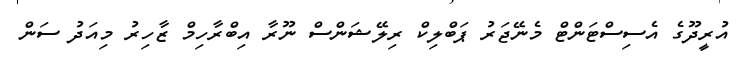
އުރީދޫގެ އެސިސްޓަންޓް މެނޭޖަރު ޕަބްލިކް ރިލޭޝަންސް ނޫރާ އިބްރާހިމް ޒާހިރު މިއަދު ސަން